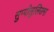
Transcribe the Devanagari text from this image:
सुप्पीलुलिउमा